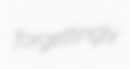
forgettingly